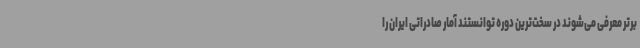
برتر معرفی می‌شوند در سخت‌ترین دوره توانستند آمار صادراتی ایران را